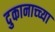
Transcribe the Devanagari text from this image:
दुकानाच्च्या